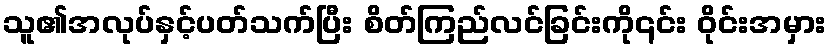
သူ၏အလုပ်နှင့်ပတ်သက်ပြီး စိတ်ကြည်လင်ခြင်းကို၎င်း ဝိုင်းအမှား